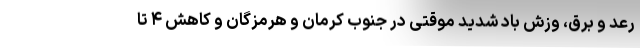
رعد و برق، وزش باد شدید موقتی در جنوب کرمان و هرمزگان و کاهش ۴ تا